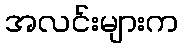
အလင်းများက